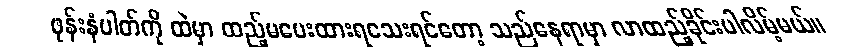
ဖုန်းနံပါတ်ကို ထဲမှာ ထည့်မပေးထားရသေးရင်တော့ သည်နေရာမှာ လာထည့်ခိုင်းပါလိမ့်မယ်။